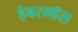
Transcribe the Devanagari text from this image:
हेबरमॉस